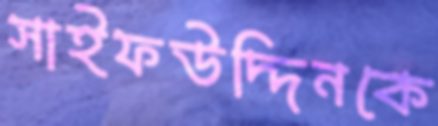
সাইফউদ্দিনকে